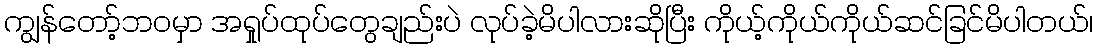
ကျွန်တော့်ဘဝမှာ အရှုပ်ထုပ်တွေချည်းပဲ လုပ်ခဲ့မိပါလားဆိုပြီး ကိုယ့်ကိုယ်ကိုယ်ဆင်ခြင်မိပါတယ်၊